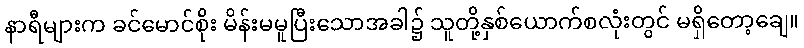
နာရီများက ခင်မောင်စိုး မိန်းမမူပြီးသောအခါ၌ သူတို့နှစ်ယောက်စလုံးတွင် မရှိတော့ချေ။